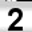
Digit: 2